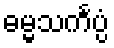
ဓမ္မသင်္ကပ္ပံ